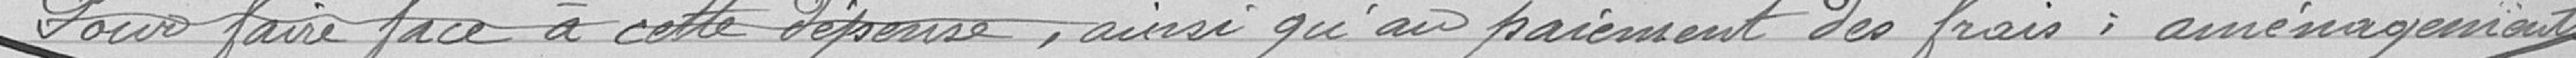
Pour faire face à cette dépense, ainsi qu'au paiement des frais : aménagements